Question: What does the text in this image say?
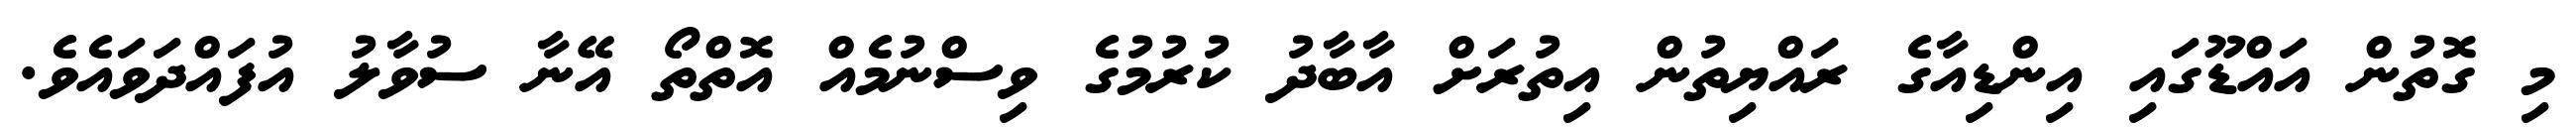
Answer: މި ގޮތުން އައްޑޫގައި އިންޑިއާގެ ރައްޔިތުން އިތުރަށް އާބާދު ކުރުމުގެ ވިސްނުމެއް އޮތްތޯ އޭނާ ސުވާލު އުފައްދަވައެވެ.